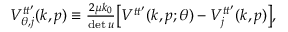
\begin{array} { r } { V _ { \boldsymbol { \theta } , j } ^ { t t ^ { \prime } } ( k , p ) \equiv \frac { 2 \mu k _ { 0 } } { \operatorname* { d e t } \boldsymbol { u } } \big [ V ^ { t t ^ { \prime } } ( k , p ; \boldsymbol { \theta } ) - V _ { j } ^ { t t ^ { \prime } } ( k , p ) \big ] , } \end{array}